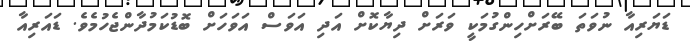
ޑަޔަރިއާ ނުވަތަ ބޭރަށްހިންގުމަކީ ވަރަށް ދިޔާކޮށް އަދި އަވަސް އަވަހަށް ބޮޑުކަމުދާންޖެހުމެވެ. ޑައަރިއާ